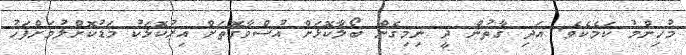
މުހިންމު ކަމެކެވެ. އަދި ގާތުން ދީ ނިމިގެން ބޯލާކޮޅަށް އުސްވާގޮތަށް އިރުކޮޅަކު މަޑުކޮށްލުމަށްފަހު